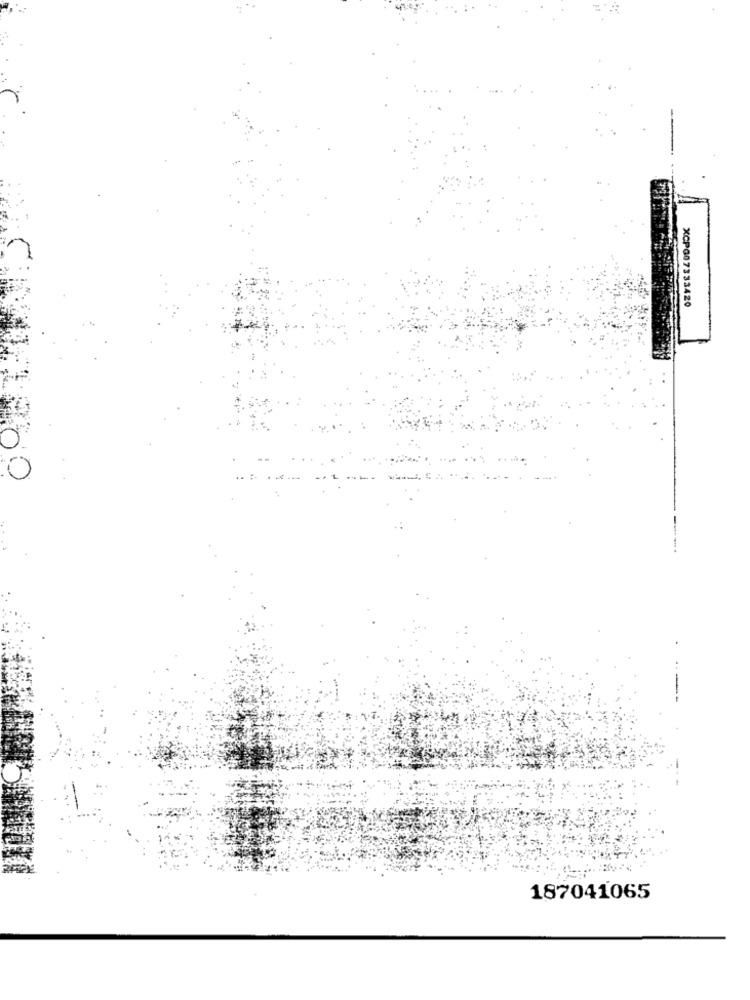
XCPG07333420
187041065